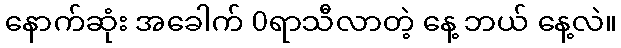
နောက်ဆုံး အခေါက် 0ရာသီလာတဲ့ နေ့ ဘယ် နေ့လဲ။